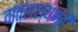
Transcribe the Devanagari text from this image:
वात्सल्यभरी